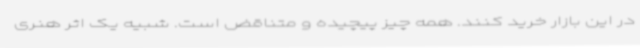
در این بازار خرید کنند. همه چیز پیچیده و متناقض است. شبیه یک اثر هنری